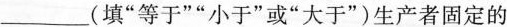
___（填”等于””小于”或”大于”）生产者固定的